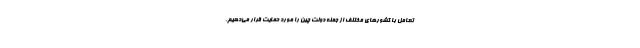
تعامل با کشورهای مختلف از جمله دولت چین را مورد حمایت قرار می‌دهیم.